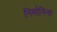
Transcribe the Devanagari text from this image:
निर्मानिनां